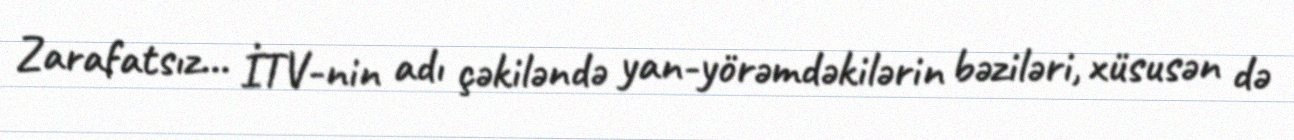
Zarafatsız... İTV-nin adı çəkiləndə yan-yörəmdəkilərin bəziləri, xüsusən də